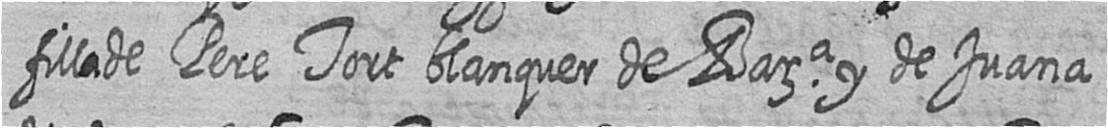
filla de Pere Tort blanquer de Bara y de Juana